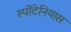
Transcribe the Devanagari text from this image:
स्पोंटेनियास